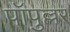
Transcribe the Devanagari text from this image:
पॉपुल्लर